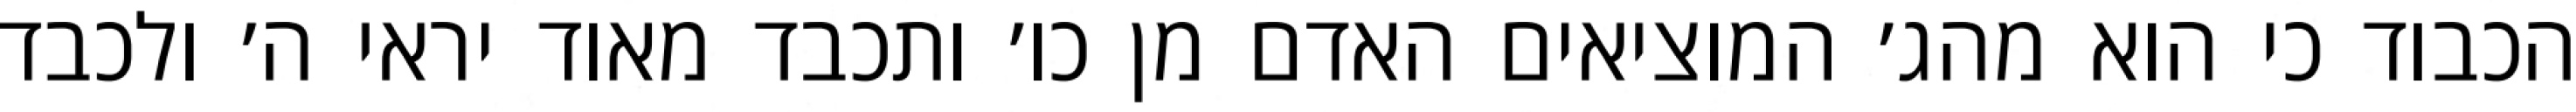
הכבוד כי הוא מהג׳ המוציאים האדם מן כו׳ ותכבד מאוד יראי ה׳ ולכבד